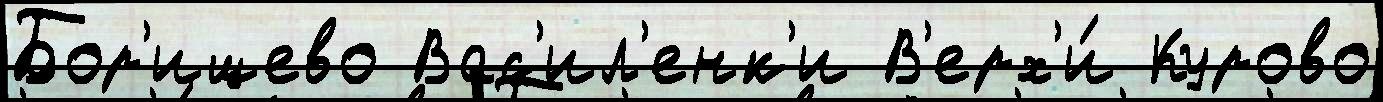
Бор'ищево Вас'ил'енк'и В'ерх'и́ Курово